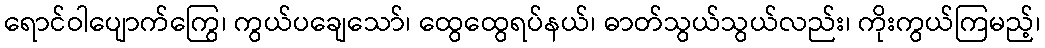
ရောင်ဝါပျောက်ကြွေ၊ ကွယ်ပချေသော်၊ ထွေထွေရပ်နယ်၊ ဓာတ်သွယ်သွယ်လည်း၊ ကိုးကွယ်ကြမည့်၊